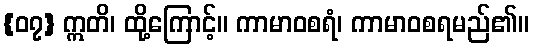
{၀၇} ဣတိ၊ ထို့ကြောင့်။ ကာမာဝစရံ၊ ကာမာဝစရမည်၏။